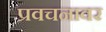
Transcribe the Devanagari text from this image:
प्रवचनावर